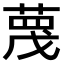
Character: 𫈼